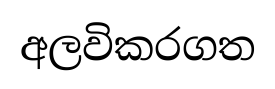
අලවිකරගත